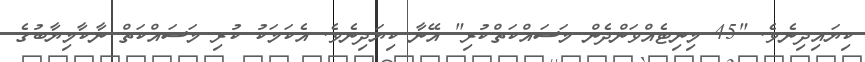
ކިޔައިދިނެވެ. "45 މިނިޓެއްވަންދެން މަސައްކަތްކުރި" އޭނާ ކިޔަދިނެވެ. އެކަމަކު ކުރި މަސައްކަތް ނާކާމިޔާބުގެ